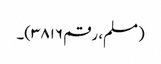
(مسلم، رقم ۳۸۱۶)۔